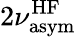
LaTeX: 2\nu_{\mathrm{asym}}^{\mathrm{HF}}